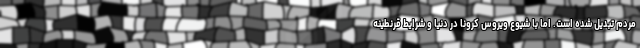
مردم تبدیل شده است. اما با شیوع ویروس کرونا در دنیا و شرایط قرنطینه